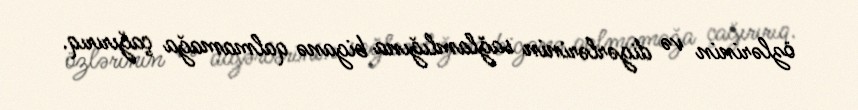
özlərinin və digərlərinin sağlamlığına biganə qalmamağa çağırırıq.